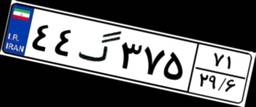
۴۴گ۳۷۵۷۱